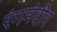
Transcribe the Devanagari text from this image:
रंगमंदीर